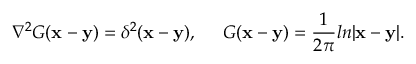
\nabla ^ { 2 } G ( { \bf x } - { \bf y } ) = \delta ^ { 2 } ( { \bf x } - { \bf y } ) , \; \; \; \; \; G ( { \bf x } - { \bf y } ) = \frac { 1 } { 2 \pi } l n | { \bf x } - { \bf y } | .